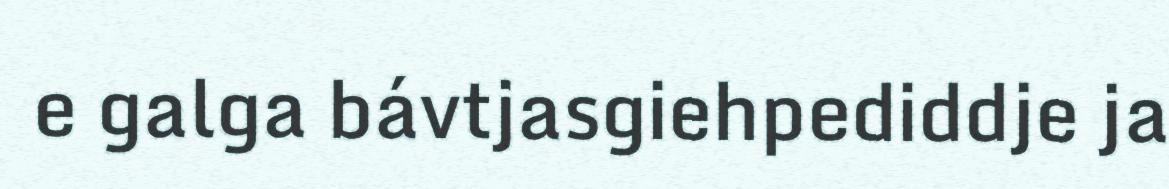
e galga bávtjasgiehpediddje ja